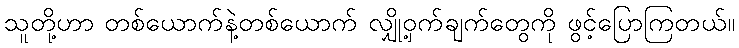
သူတို့ဟာ တစ်ယောက်နဲ့တစ်ယောက် လျှို့ဝှက်ချက်တွေကို ဖွင့်ပြောကြတယ်။